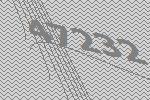
47232